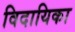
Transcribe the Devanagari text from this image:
विदायिका